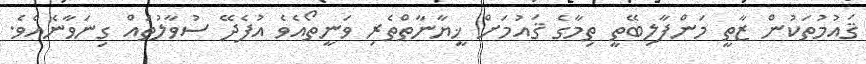
ޤައުމުތަކުން ޒާތީ މަންފާލިބޭތީ ތިމާގެ ޤައުމަށް ޚީޔާނާތްތެރި ވަނީތޯއެވެ އުފެދޭ ސުވާލުތައް ގިނަވާނެއެވެ.